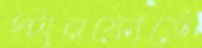
স্টানফোর্ডে